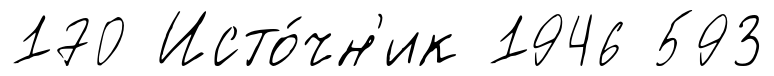
170 Исто́чн'ик 1946 593